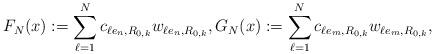
LaTeX: \begin{align*}F_N(x):=\sum_{\ell=1}^N c_{\ell e_n,R_{0,k}}w_{\ell e_n,R_{0,k}}, G_N(x):=\sum_{\ell=1}^N c_{\ell e_m,R_{0,k}}w_{\ell e_m,R_{0,k}},\end{align*}